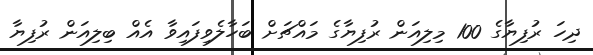
ދިހަ ރުފިޔާގެ 100 މިލިއަން ރުފިޔާގެ މައްޗަށް ބަހާލެވިފައިވާ އެއް ބިލިއަން ރުފިޔާ